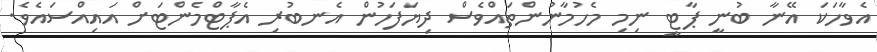
އެވާހަކަ އޭނާ ބުނީ ޕާޓީ ނިމި މެހުމާނުންތައްވެސް ދިޔަފަހުން އެނބުރި އެޕާޓްމެންޓަށް އައިއްސައެވެ.